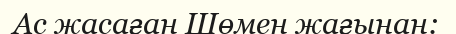
Ас жасаған Шөмен жағынан: